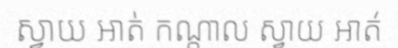
ស្វាយ អាត់ កណ្តាល ស្វាយ អាត់